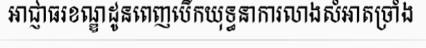
អាជ្ញាធរខណ្ឌដូនពេញបើកយុទ្ធនាការលាងសំអាតច្រាំង